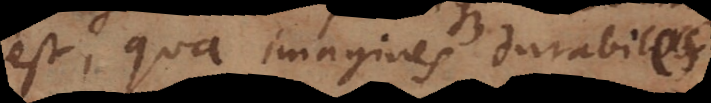
est, qua imagines durabiles